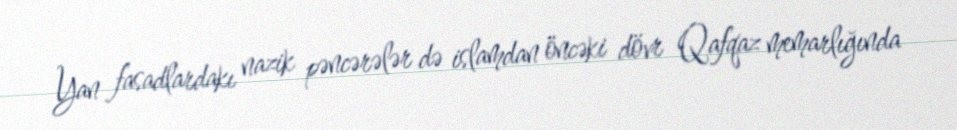
Yan fasadlardakı nazik pəncərələr də islamdan öncəki dövr Qafqaz memarlığında